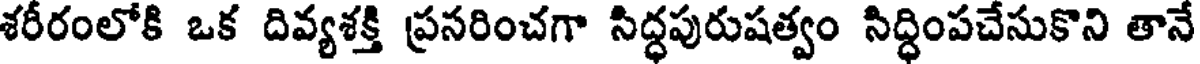
శరీరంలోకి ఒక దివ్యశక్తి ప్రనరించగా సిద్ధపురుషత్వం సిద్ధింపచేసుకొని తానే